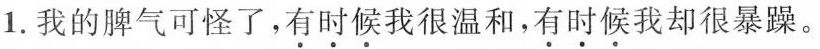
1.我的脾气可怪了， 有时候我很温和，有时候我却很暴躁。